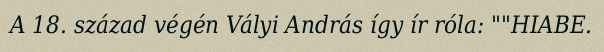
A 18. század végén Vályi András így ír róla: ""HIABE.